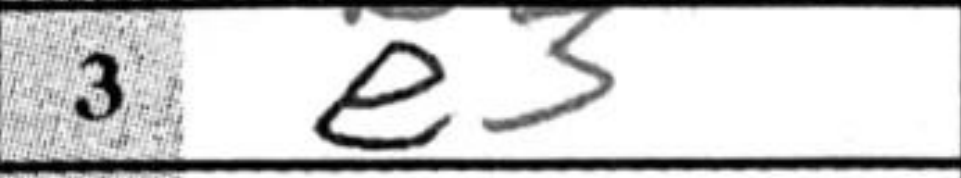
Transcription: e3